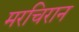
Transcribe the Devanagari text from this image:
मरचिरान